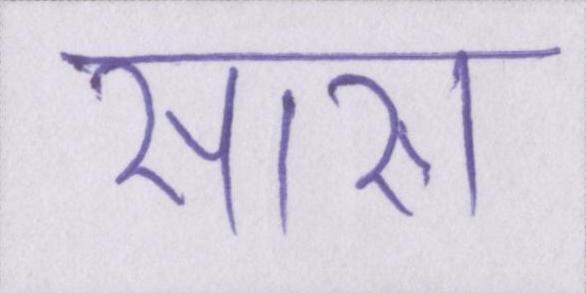
सारा